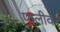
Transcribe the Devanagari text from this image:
पालीव